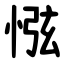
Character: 惤